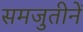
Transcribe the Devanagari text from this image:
समजुतीनें